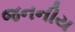
જનનીય